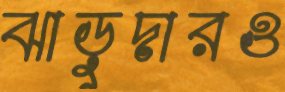
ঝাড়ুদারও